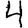
Digit: 4